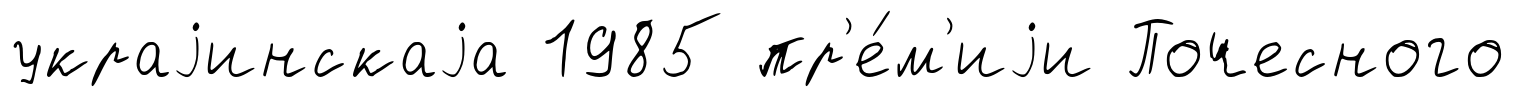
украjинскаjа 1985 пр'е́м'иjи Почесного